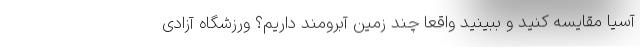
آسیا مقایسه کنید و ببینید واقعاً چند زمین آبرومند داریم؟ ورزشگاه آزادی